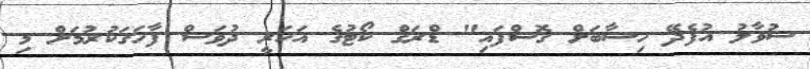
ސުވާލު އުފެދޭ ހިސާބަށް ގޮސްފައި" ޑްރަގް ކޯޓުގެ އަހަރީ ދުވަސް ފާހަގަކުރުމަށް މި